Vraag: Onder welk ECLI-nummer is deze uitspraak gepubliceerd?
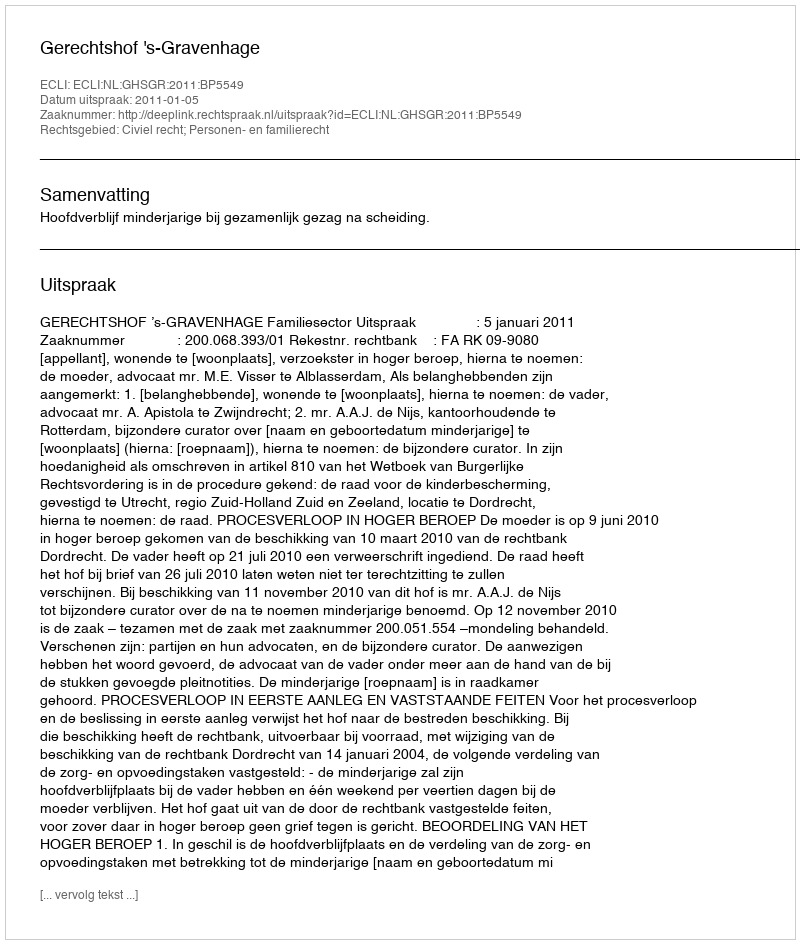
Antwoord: ECLI:NL:GHSGR:2011:BP5549